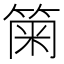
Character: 𥮫